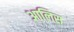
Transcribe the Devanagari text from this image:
आलिस